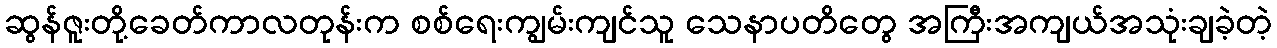
ဆွန်ဇူးတို့ခေတ်ကာလတုန်းက စစ်ရေးကျွမ်းကျင်သူ သေနာပတိတွေ အကြီးအကျယ်အသုံးချခဲ့တဲ့